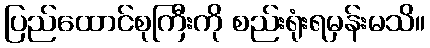
ပြည်ထောင်စုကြီးကို စည်းရုံးရမှန်းမသိ။